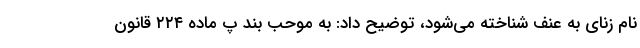
نام زنای به عنف شناخته می‌شود، توضیح داد: به موحب بند پ ماده ۲۲۴ قانون